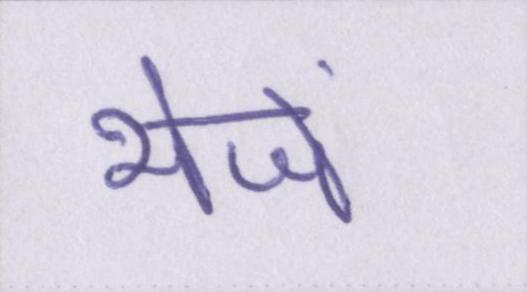
भेजें